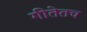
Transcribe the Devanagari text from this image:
गीतेतच